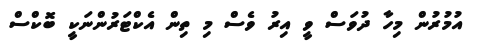
އުމުރުން މިހާ ދުވަސް ވީ އިރު ވެސް މި ތިން އެކްޓަރުންނަކީ ބޮކްސް